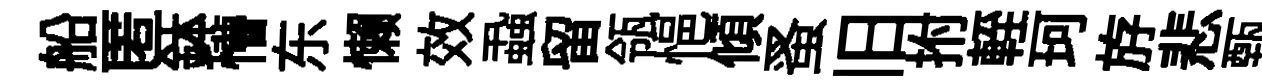
船匿鉢懵东懒效蝨留瓴悒傾蚤旧拊輊珂斿悲甄